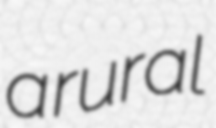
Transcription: a rural